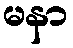
မနာ